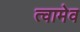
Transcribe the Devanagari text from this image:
त्वामेव